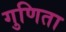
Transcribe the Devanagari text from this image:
गुणिता